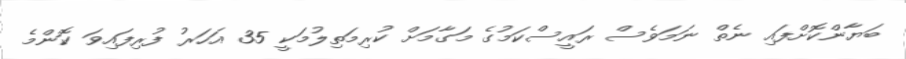
ބަޔާންކޮށްފައި ނެތް ނަމަވެސް ރައީސްކަމުގެ މަގާމަށް ކުރިމަތިލުމަކީ 35 އަހަރު ފުރިފައިވަ ކޮންމެ